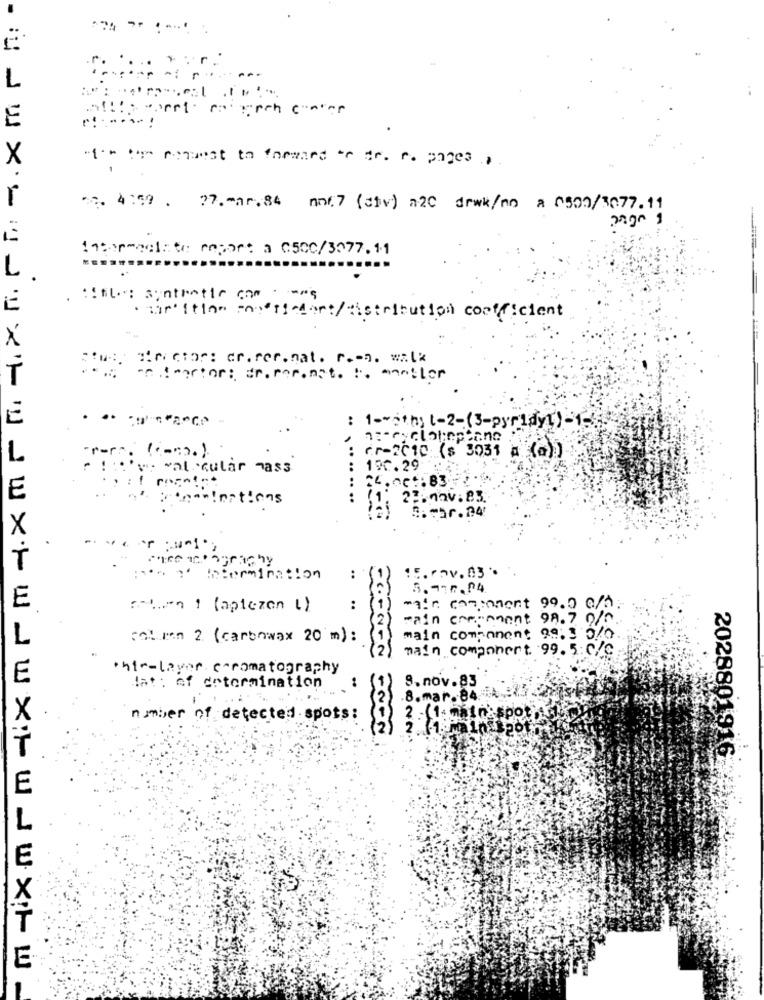
....
Porrt
E
. . . .
X
"i'm the request to forward or dr. r. pages ,
2. 4:59 . 27.mar.84 nn6. 7 (sv) a20 dewk/no a 0509/3077.11
Intermeclite report a 050C/3377.11
title : synthetic com
· the' Itlan posesiodort/distribution coefficient
Bius. Hector: dr. rer.nat. r .- n. walk
ent martor: dr. rer. nat. :. mentler
: 1-with; t-2-(3-pyridy")-
a :- cyclotoptane
-r
(-mx)
: Gr-2010 ($ 3031 a (0)
calcular mass
100.29
: 24.00 :83
21.nav:83.
5.850.24
cremeography
15. -. v. 03.
como' Intermination
..
E
:
min c7:ent 99.0 0/2
main crecenent 98.7 0/0.
L
colman 2 (carbowax 20 m):
main component 99.3 0/0
main component. 99. 5:0/9
entr-layer c-romatography
F
8.nov.83
lat : of determination
..
.8.mar. 84.
21: main' spot
number of detected.spots;
2028801916 **
E.